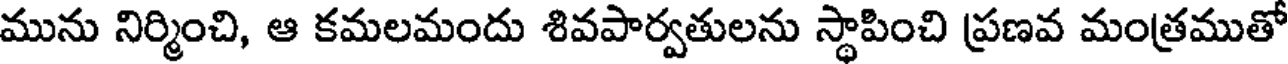
మును నిర్మించి, ఆ కమలమందు శివపార్వతులను స్థాపించి ప్రణవ మంత్రముతో